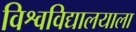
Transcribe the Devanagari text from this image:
विश्वविद्यालयाला